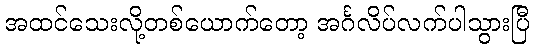
အထင်သေးလို့တစ်ယောက်တော့ အင်္ဂလိပ်လက်ပါသွားပြီ